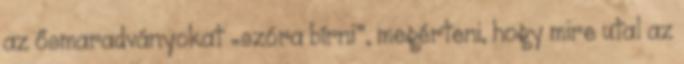
az ősmaradványokat „szóra bírni”, megérteni, hogy mire utal az